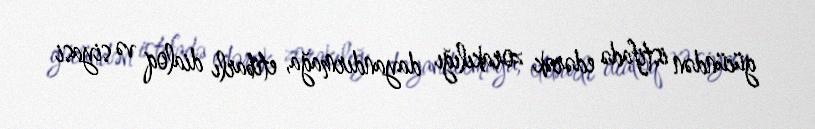
gücündən istifadə edərək zorakılığı dayandırmağa, etibarlı dialoq və siyasi